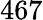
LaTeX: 467